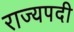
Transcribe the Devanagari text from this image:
राज्यपदी